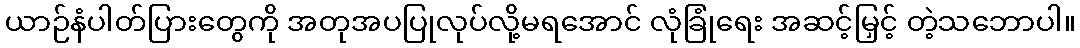
ယာဉ်နံပါတ်ပြားတွေကို အတုအပပြုလုပ်လို့မရအောင် လုံခြုံရေး အဆင့်မြှင့် တဲ့သဘောပါ။